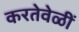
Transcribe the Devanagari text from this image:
करतेवेळीं